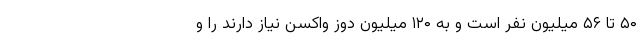
۵۰ تا ۵۶ میلیون نفر است و به ۱۲۰ میلیون دوز واکسن نیاز دارند را و